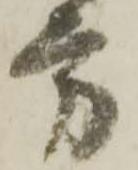
方